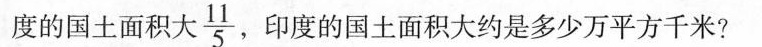
度的国土面积大 \frac{11}{5} ，印度的国土面积大约是多少万平方千米?